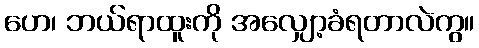
ဟေ၊ ဘယ်ရာထူးကို အလျှော့ခံရတာလဲကွ။